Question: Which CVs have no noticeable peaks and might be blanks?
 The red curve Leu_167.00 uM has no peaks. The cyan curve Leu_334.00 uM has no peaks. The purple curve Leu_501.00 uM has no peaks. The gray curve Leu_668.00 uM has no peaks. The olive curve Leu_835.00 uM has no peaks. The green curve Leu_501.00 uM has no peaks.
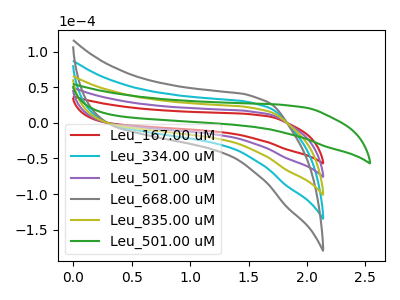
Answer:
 <answer>"Leu_167.00 uM", "Leu_334.00 uM", "Leu_501.00 uM", "Leu_668.00 uM", "Leu_835.00 uM" and "Leu_501.00 uM" are likely to be blanks.</answer>
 <eval>"Leu_167.00 uM", "Leu_334.00 uM", "Leu_501.00 uM", "Leu_668.00 uM", "Leu_835.00 uM", "Leu_501.00 uM"</eval>